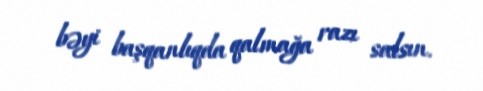
bəyi başqanlıqda qalmağa razı salsın.